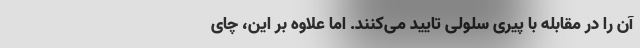
آن را در مقابله با پیری سلولی تایید می‌کنند. اما علاوه بر این، چای